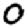
Digit: 0